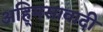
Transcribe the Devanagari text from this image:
अहि्मसावादी